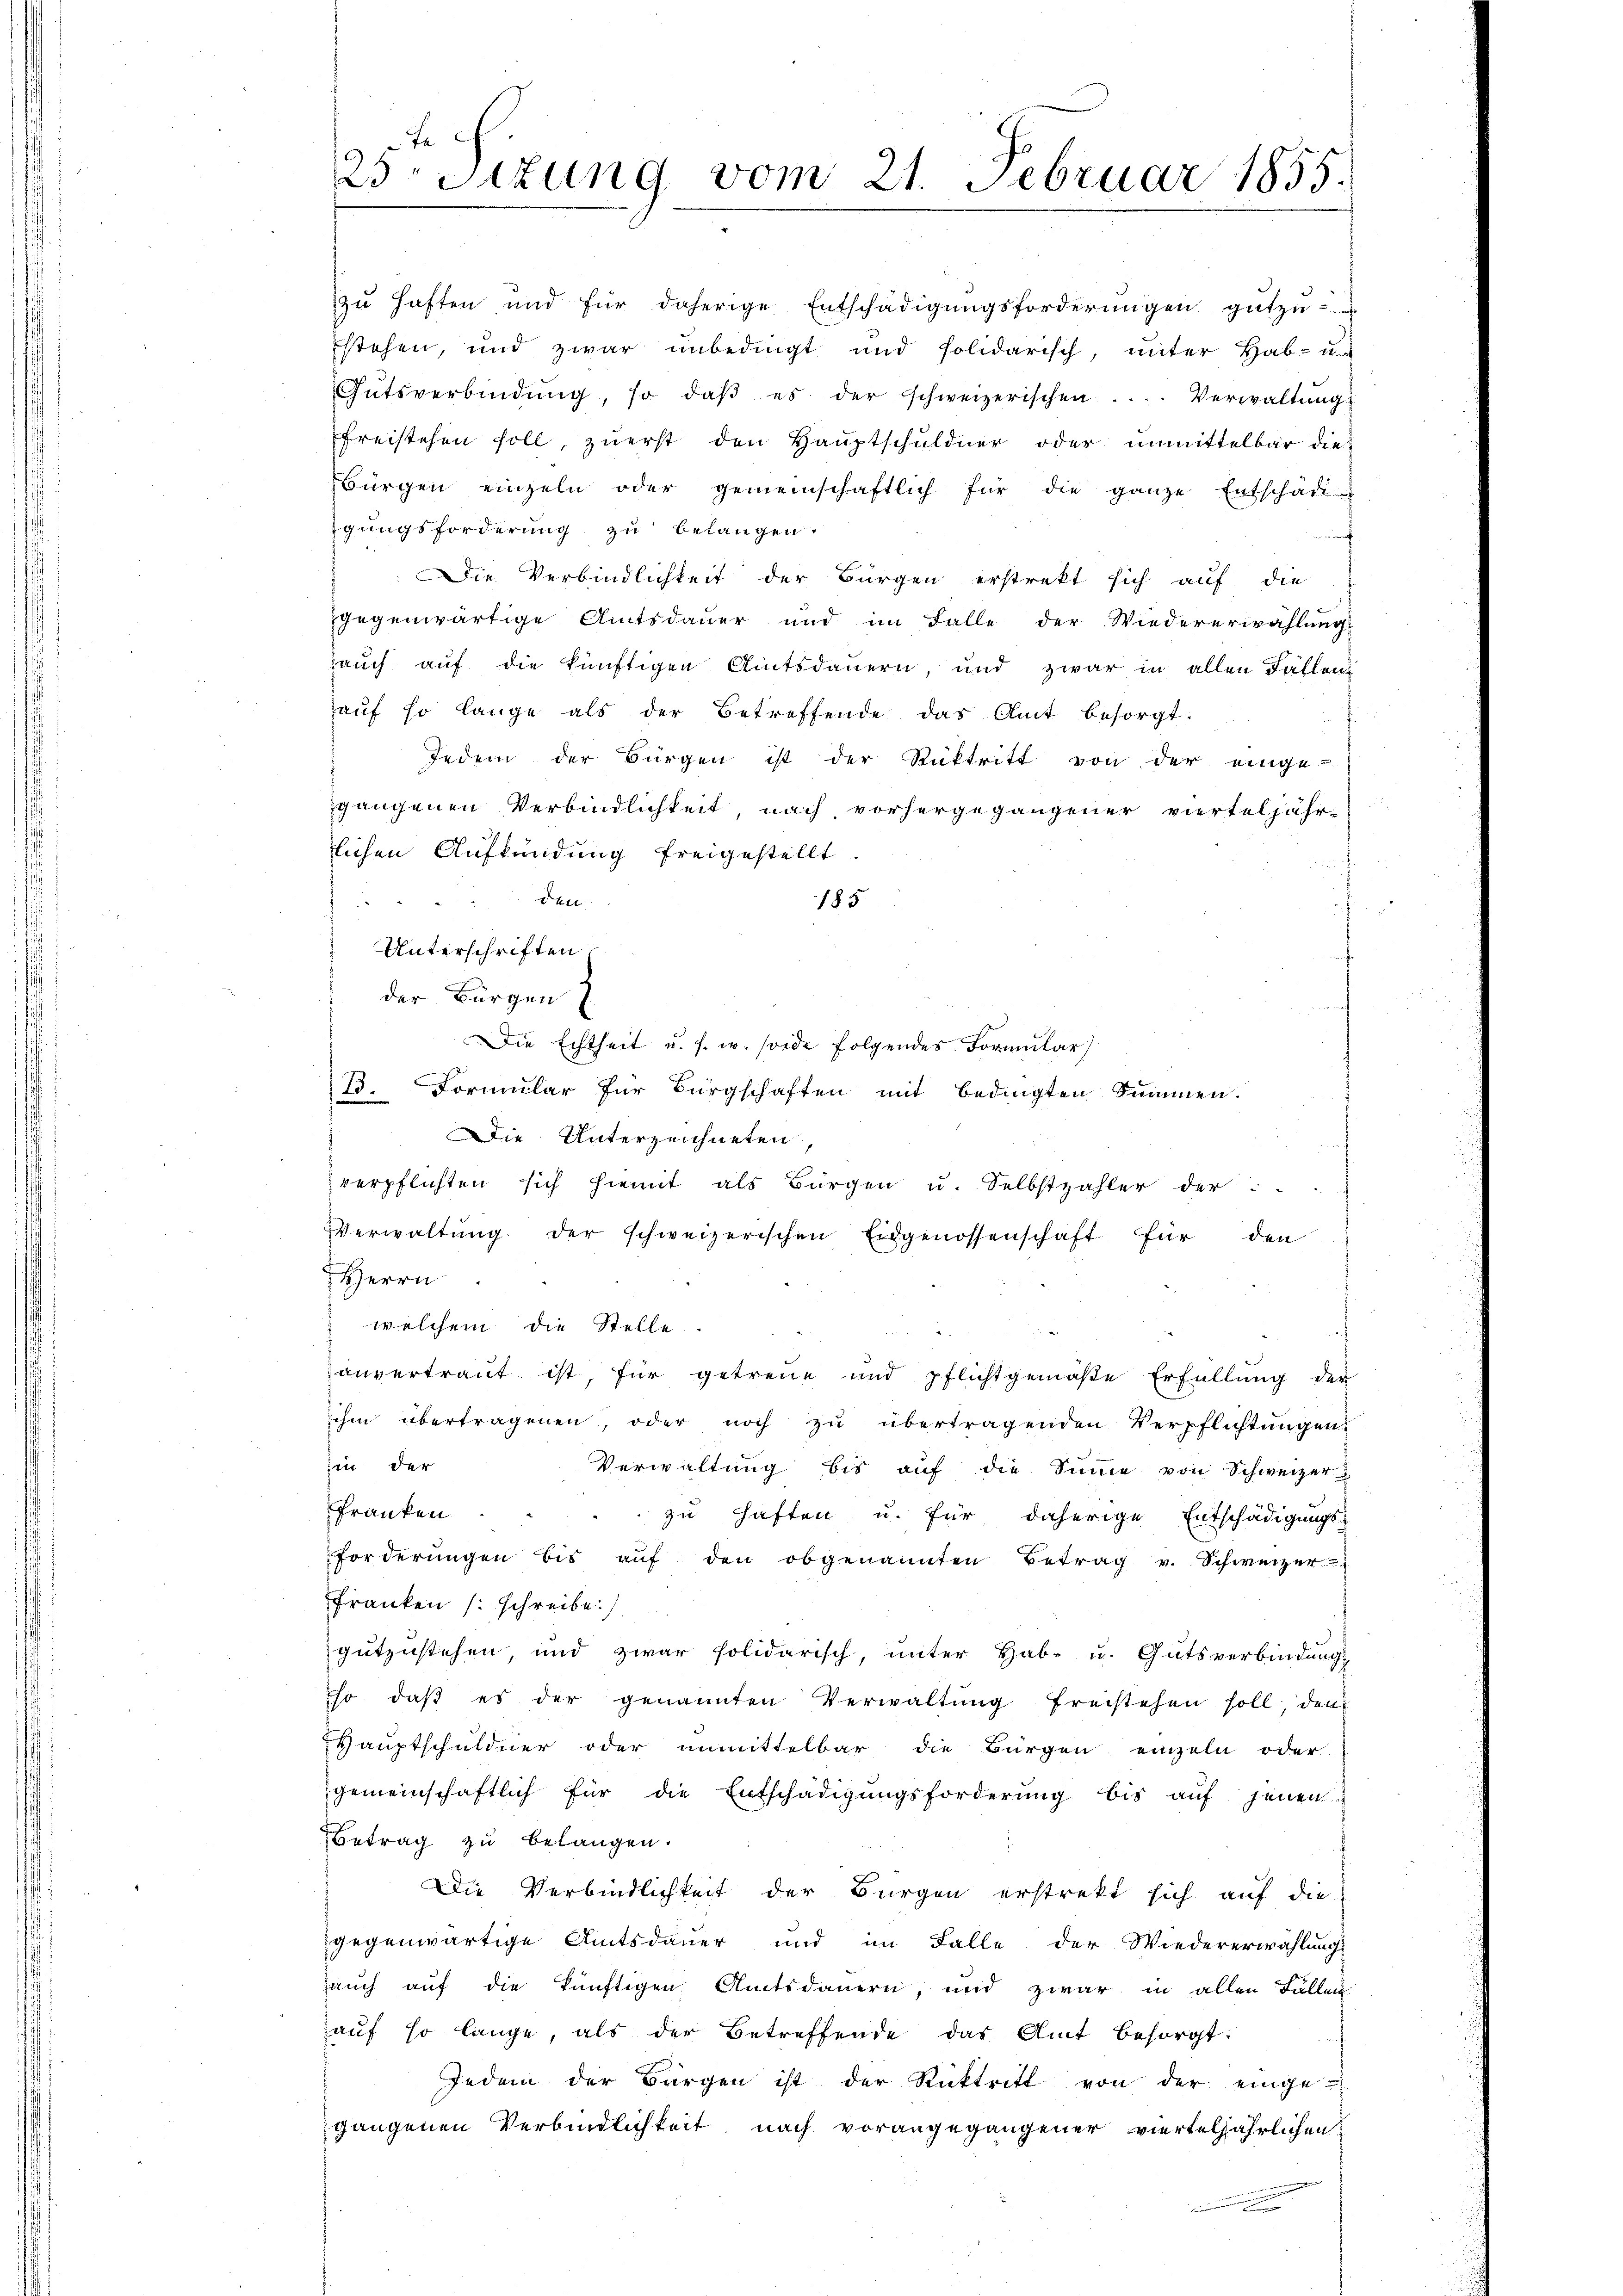
te
23Stzung vom 21. Februar 1855.

zu haften und für daherige Entschädigungsforderungen gutzu-
stehen, und zwar unbedingt und solidarisch, unter Hab- un
Gŭtsverbindŭng, so daβ es der schweizerischen .... Verwaltŭng
freistehen soll, zuerst den Hauptschuldner oder unmittelbar die
Bürgen einzeln oder gemeinschaftlich für die ganze Entschädi
gungsforderung zu belangen.
DDie Verbindlichkeit der Bürgen erstrekt sich auf die
gegenwärtige Amtsdauer und im Falle der Wiedererwählung
auch auf die künftigen Amtsdauern, und zwar in allen Fallen
Haŭf so lange als der Betreffende das Amt besorgt.
Jedem der Bürgen ist der Rücktritt von der einge-
gangenen Verbindlichkeit, nach, vorhergegangener vierteljähr-
lichen Aufkündung freigestellt.
den
185

Unterschriften
der Bürgen
Die Echtheit u. s. w. sonde folgendes Formular)
13. Formular für Bürgschaften mit bedingten Summen.
Die Unterzeichneten,
verpflichten sich hiemit als Bürgen u. Selbstzahler der
Verwaltŭng der schweizerischen Eidgenossenschaft für den
Herrn
 welchem die Stelle
anvertraut ist, für getreue und pflichtgemäße Erfüllung der
ihm übertragenen, oder noch zu übertragenden Verpflichtungen
hin der
Verwaltung bis auf die Summe von Schweizer
Franken.
zu haften u. für daherige Entschädigungs-
forderŭngen bis aŭf den obgenannten Betrag v. Schweizer
Franken (: schreibe.)
gutzustehen und zwar solidarisch, unter Hab- u. Gutsverbindungs
so daβ es der genannten Verwaltŭng freistehen soll, den
Hauptschuldner oder unmittelbar die Bürgen einzeln oder
gemeinschaftlich für die Entschädigungsforderung bis auf jenen
Betrag zu belangen.
Die Verbindlichkeit der Bürgen erstrekt sich auf die
gegenwärtige Amtsdauer und im Falle der Wiedererwählungs
auch auf die künftigen Amtsdauern, und zwar in allen Fällen
aŭf so lange, als der Betreffende das Amt besorgt:
Jedem der Bürgen ist der Rücktritt von der einge-
gangenen Verbindlichkeit nach vorangegangener vierteljährlichen